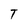
Character: T